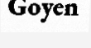
Goyen